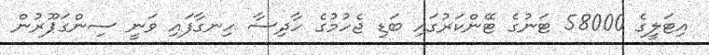
އިޓަލީގެ 58000 ޓަނުގެ ޓޭންކަރުގައި ބަޑި ޖެހުމުގެ ހާދިސާ ހިނގާފައި ވަނީ ސިންގަޕޫރުން